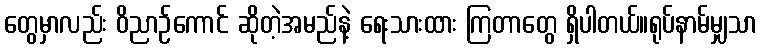
တွေမှာလည်း ဝိညာဉ်ကောင် ဆိုတဲ့အမည်နဲ့ ရေးသားထား ကြတာတွေ ရှိပါတယ်။ရုပ်နာမ်မျှသာ